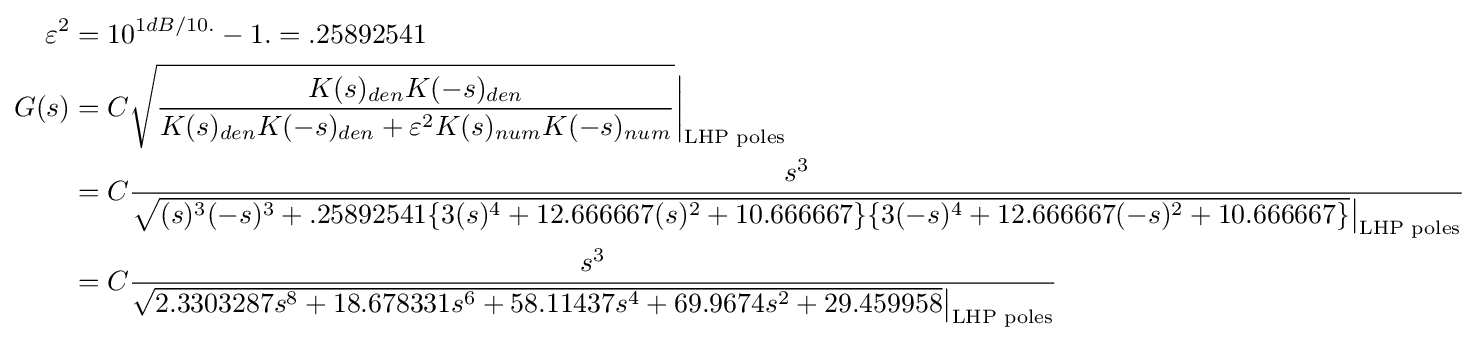
{\begin{aligned}\varepsilon ^{2}&=10^{1dB/10.}-1.=.25892541\\G(s)&=C{\sqrt {\frac {K(s)_{den}K(-s)_{den}}{K(s)_{den}K(-s)_{den}+\varepsilon ^{2}K(s)_{num}K(-s)_{num}}}}{\bigg |}_{\text{LHP poles}}\\&=C{\frac {s^{3}}{{\sqrt {(s)^{3}(-s)^{3}+.25892541\{3(s)^{4}+12.666667(s)^{2}+10.666667\}\{3(-s)^{4}+12.666667(-s)^{2}+10.666667\}}}{\bigr |}_{\text{LHP poles}}}}\\&=C{\frac {s^{3}}{{\sqrt {2.3303287s^{8}+18.678331s^{6}+58.11437s^{4}+69.9674s^{2}+29.459958}}{\bigr |}_{\text{LHP poles}}}}\\\end{aligned}}